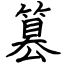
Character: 篡